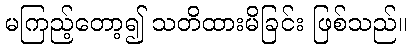
မကြည့်တော့၍ သတိထားမိခြင်း ဖြစ်သည်။